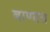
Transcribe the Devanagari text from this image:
बाणात